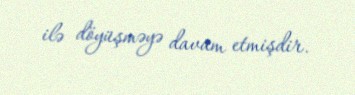
ilə döyüşməyə davam etmişdir.